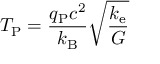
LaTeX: T _ { \mathrm { P } } = { \frac { q _ { \mathrm { P } } c ^ { 2 } } { k _ { \mathrm { B } } } } { \sqrt { \frac { k _ { \mathrm { e } } } { G } } }